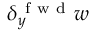
\delta _ { y } ^ { \mathrm { ~ f ~ w ~ d ~ } } w